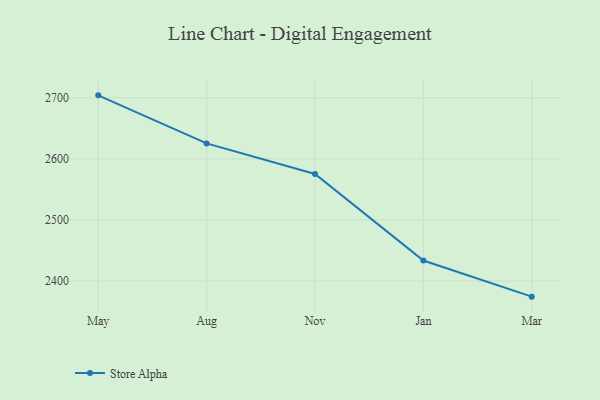
{"axis": {"x": "Month", "y": "Active Users"}, "legend": ["Store Alpha"], "data": [{"x": "May", "y": 2703.9, "type": "Store Alpha"}, {"x": "Aug", "y": 2625.2, "type": "Store Alpha"}, {"x": "Nov", "y": 2575.2, "type": "Store Alpha"}, {"x": "Jan", "y": 2433.4, "type": "Store Alpha"}, {"x": "Mar", "y": 2374.3, "type": "Store Alpha"}]}